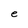
Character: e